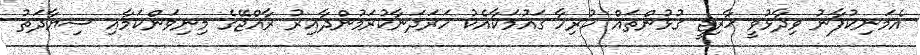
އެމަނިކުފާނު ވިދާޅުވީ ޚާރިޖީ ގުޅުންތައް ހުރިހާ ގައުމަކާއެކު ހަރަދަނާކުރަމުންދާއިރު ރާއްޖޭގެ މިނިވަންކަމާއި ސިޔާދަތު